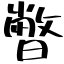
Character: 暼